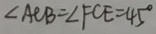
\angle A C B = \angle F C E = 4 5 ^ { \circ }